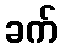
ခက်